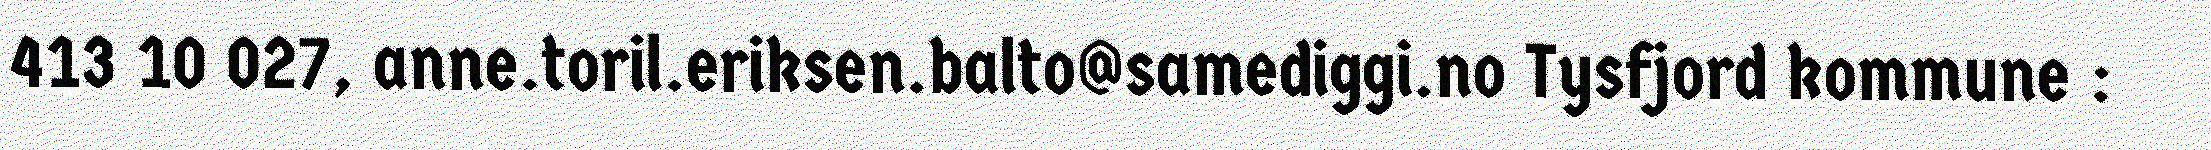
413 10 027, anne.toril.eriksen.balto@samediggi.no Tysfjord kommune :